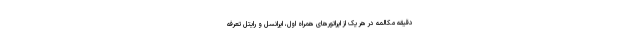
دقیقه مکالمه در هر یک از اپراتورهای همراه اول، ایرانسل و رایتل تعرفه‌